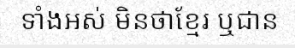
ទាំងអស់ មិនថាខ្មែរ ឬជាន